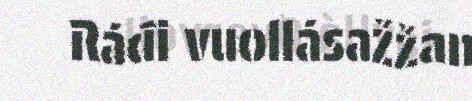
Ráđi vuollásažžan